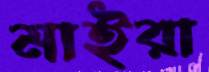
মাইরা